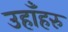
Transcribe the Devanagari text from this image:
उहाँहरु